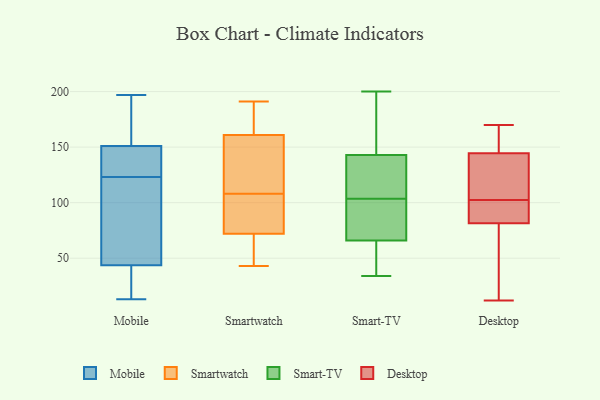
{"axis": {"x": "Revenue (USD Million)", "y": "Value"}, "legend": ["Desktop", "Mobile", "Smart-TV", "Smartwatch"], "data": [{"x": "", "y": 167, "type": "Mobile"}, {"x": "", "y": 46, "type": "Mobile"}, {"x": "", "y": 13, "type": "Mobile"}, {"x": "", "y": 37, "type": "Mobile"}, {"x": "", "y": 26, "type": "Mobile"}, {"x": "", "y": 147, "type": "Mobile"}, {"x": "", "y": 148, "type": "Mobile"}, {"x": "", "y": 197, "type": "Mobile"}, {"x": "", "y": 121, "type": "Mobile"}, {"x": "", "y": 160, "type": "Mobile"}, {"x": "", "y": 70, "type": "Mobile"}, {"x": "", "y": 109, "type": "Mobile"}, {"x": "", "y": 146, "type": "Mobile"}, {"x": "", "y": 130, "type": "Mobile"}, {"x": "", "y": 123, "type": "Mobile"}, {"x": "", "y": 162, "type": "Mobile"}, {"x": "", "y": 19, "type": "Mobile"}, {"x": "", "y": 83, "type": "Smartwatch"}, {"x": "", "y": 43, "type": "Smartwatch"}, {"x": "", "y": 173, "type": "Smartwatch"}, {"x": "", "y": 51, "type": "Smartwatch"}, {"x": "", "y": 119, "type": "Smartwatch"}, {"x": "", "y": 76, "type": "Smartwatch"}, {"x": "", "y": 191, "type": "Smartwatch"}, {"x": "", "y": 139, "type": "Smartwatch"}, {"x": "", "y": 187, "type": "Smartwatch"}, {"x": "", "y": 88, "type": "Smartwatch"}, {"x": "", "y": 108, "type": "Smartwatch"}, {"x": "", "y": 157, "type": "Smartwatch"}, {"x": "", "y": 60, "type": "Smartwatch"}, {"x": "", "y": 64, "type": "Smart-TV"}, {"x": "", "y": 143, "type": "Smart-TV"}, {"x": "", "y": 119, "type": "Smart-TV"}, {"x": "", "y": 176, "type": "Smart-TV"}, {"x": "", "y": 143, "type": "Smart-TV"}, {"x": "", "y": 107, "type": "Smart-TV"}, {"x": "", "y": 185, "type": "Smart-TV"}, {"x": "", "y": 97, "type": "Smart-TV"}, {"x": "", "y": 200, "type": "Smart-TV"}, {"x": "", "y": 100, "type": "Smart-TV"}, {"x": "", "y": 66, "type": "Smart-TV"}, {"x": "", "y": 78, "type": "Smart-TV"}, {"x": "", "y": 34, "type": "Smart-TV"}, {"x": "", "y": 49, "type": "Smart-TV"}, {"x": "", "y": 168, "type": "Smart-TV"}, {"x": "", "y": 58, "type": "Smart-TV"}, {"x": "", "y": 123, "type": "Smart-TV"}, {"x": "", "y": 83, "type": "Smart-TV"}, {"x": "", "y": 99, "type": "Desktop"}, {"x": "", "y": 165, "type": "Desktop"}, {"x": "", "y": 91, "type": "Desktop"}, {"x": "", "y": 127, "type": "Desktop"}, {"x": "", "y": 170, "type": "Desktop"}, {"x": "", "y": 104, "type": "Desktop"}, {"x": "", "y": 12, "type": "Desktop"}, {"x": "", "y": 140, "type": "Desktop"}, {"x": "", "y": 19, "type": "Desktop"}, {"x": "", "y": 149, "type": "Desktop"}, {"x": "", "y": 72, "type": "Desktop"}, {"x": "", "y": 101, "type": "Desktop"}]}